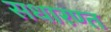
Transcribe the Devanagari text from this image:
सधारण्त